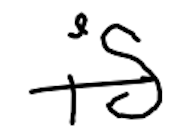
Text: is
Cross-out: single-line
Writing tool: digital_black